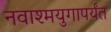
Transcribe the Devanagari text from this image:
नवाश्मयुगापर्यंत